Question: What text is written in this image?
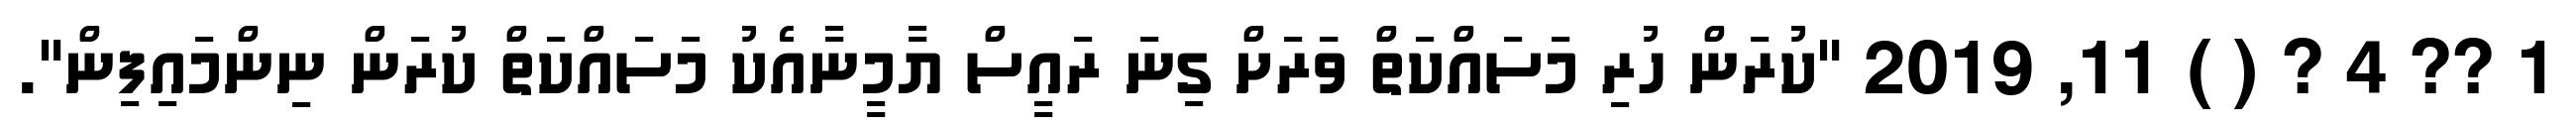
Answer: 1 ?? 4 ? ( ) 11, 2019 "ކުރަން ހުރި މަސައްކަތް ވަަރަށް ގިނަ ރައީސް ޔާމީނާއެކު މަސައްކަތް ކުރަން ނިންމައިފިން".